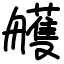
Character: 艧